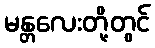
မန္တလေးတို့တွင်